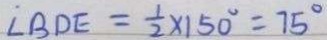
\angle B D E = \frac { 1 } { 2 } \times 1 5 0 ^ { \circ } = 7 5 ^ { \circ }